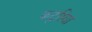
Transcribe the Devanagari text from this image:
कटुरिया